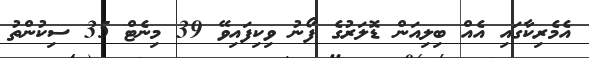
އެމެރިކާގައި އެއް ބިލިއަން ޑޮލަރުގެ ފޯނު ވިކިފައިވޭ 39 މިނެޓް 35 ސިކުންތު